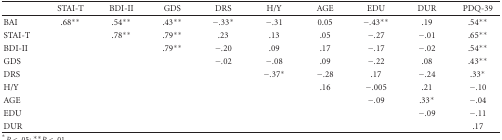
|  | STAI-T | BDI-II | GDS | DRS | H/Y | AGE | EDU | DUR | PDQ-39 |
 | --- | --- | --- | --- | --- | --- | --- | --- | --- | --- |
 | BAI | .68** | .54** | .43** | −.33* | −.31 | 0.05 | −.43** | .19 | .54** |
 | STAI-T |  | .78** | .79** | .23 | .13 | .05 | −.27 | −.01 | .65** |
 | BDI-II |  |  | .79** | −.20 | .09 | .17 | −.17 | −.02 | .54** |
 | GDS |  |  |  | −.02 | −.08 | .09 | −.22 | .08 | .43** |
 | DRS |  |  |  |  | −.37* | −.28 | .17 | −.24 | .33* |
 | H/Y |  |  |  |  |  | .16 | −.005 | .21 | −.10 |
 | AGE |  |  |  |  |  |  | −.09 | .33* | −.04 |
 | EDU |  |  |  |  |  |  |  | −.09 | −.11 |
 | DUR |  |  |  |  |  |  |  |  | .17 |